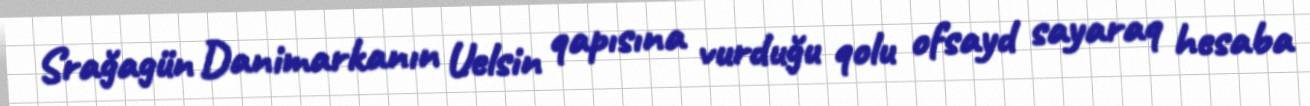
Srağagün Danimarkanın Uelsin qapısına vurduğu qolu ofsayd sayaraq hesaba